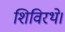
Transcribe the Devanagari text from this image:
शिविरथे।